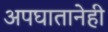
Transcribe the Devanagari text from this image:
अपघातानेही